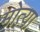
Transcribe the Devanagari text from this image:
मोत्या